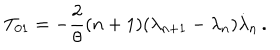
T _ { 0 1 } = - \frac 2 \theta ( n + 1 ) ( \lambda _ { n + 1 } - \lambda _ { n } ) \dot { \lambda } _ { n } \, .